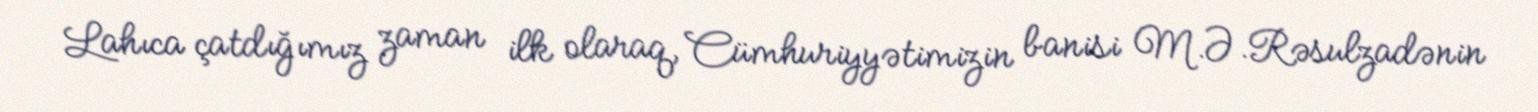
Lahıca çatdığımız zaman ilk olaraq, Cümhuriyyətimizin banisi M.Ə.Rəsulzadənin